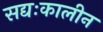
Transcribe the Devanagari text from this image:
सद्यःकालीन